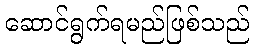
ဆောင်ရွက်ရမည်ဖြစ်သည်